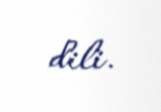
dili.